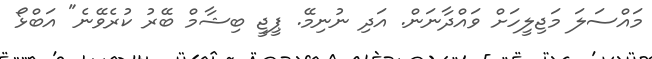
މައްސަލަ މަޖިލީހަށް ވައްދާނަން. އަދި ނުނިމޭ. ޕީޖީ ބިޝާމް ބޭރު ކުރެވޭނެ" އަބްޅޯ